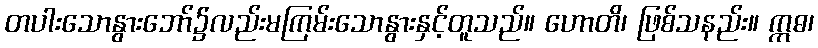
တပါးသောနွားဘော်၌လည်းမကြမ်းသောနွားနှင့်တူသည်။ ဟောတိ၊ ဖြစ်သနည်း။ ဣဓ၊